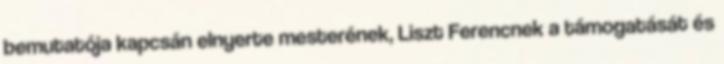
bemutatója kapcsán elnyerte mesterének, Liszt Ferencnek a támogatását és